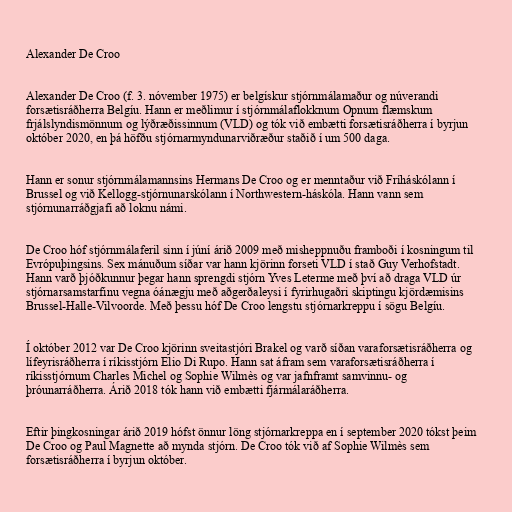
Alexander De Croo

Alexander De Croo (f. 3. nóvember 1975) er belgískur stjórnmálamaður og núverandi
forsætisráðherra Belgíu. Hann er meðlimur í stjórnmálaflokknum Opnum flæmskum
frjálslyndismönnum og lýðræðissinnum (VLD) og tók við embætti forsætisráðherra í byrjun
október 2020, en þá höfðu stjórnarmyndunarviðræður staðið í um 500 daga.

Hann er sonur stjórnmálamannsins Hermans De Croo og er menntaður við Fríháskólann í
Brussel og við Kellogg-stjórnunarskólann í Northwestern-háskóla. Hann vann sem
stjórnunarráðgjafi að loknu námi.

De Croo hóf stjórnmálaferil sinn í júní árið 2009 með misheppnuðu framboði í kosningum til
Evrópuþingsins. Sex mánuðum síðar var hann kjörinn forseti VLD í stað Guy Verhofstadt.
Hann varð þjóðkunnur þegar hann sprengdi stjórn Yves Leterme með því að draga VLD úr
stjórnarsamstarfinu vegna óánægju með aðgerðaleysi í fyrirhugaðri skiptingu kjördæmisins
Brussel-Halle-Vilvoorde. Með þessu hóf De Croo lengstu stjórnarkreppu í sögu Belgíu.

Í október 2012 var De Croo kjörinn sveitastjóri Brakel og varð síðan varaforsætisráðherra og
lífeyrisráðherra í ríkisstjórn Elio Di Rupo. Hann sat áfram sem varaforsætisráðherra í
ríkisstjórnum Charles Michel og Sophie Wilmès og var jafnframt samvinnu- og
þróunarráðherra. Árið 2018 tók hann við embætti fjármálaráðherra.

Eftir þingkosningar árið 2019 hófst önnur löng stjórnarkreppa en í september 2020 tókst þeim
De Croo og Paul Magnette að mynda stjórn. De Croo tók við af Sophie Wilmès sem
forsætisráðherra í byrjun október.